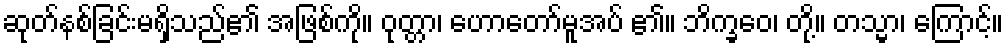
ဆုတ်နစ်ခြင်းမရှိသည်၏ အဖြစ်ကို။ ဝုတ္တာ၊ ဟောတော်မူအပ် ၏။ ဘိက္ခဝေ၊ တို့။ တသ္မာ၊ ကြောင့်။